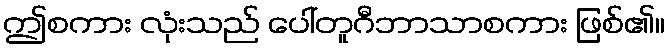
ဤစကား လုံးသည် ပေါ်တူဂီဘာသာစကား ဖြစ်၏။